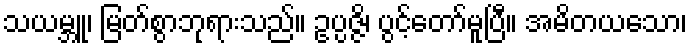
သယမ္ဘူ၊ မြတ်စွာဘုရားသည်။ ဥပ္ပဇ္ဇိ၊ ပွင့်တော်မူပြီ။ အမိတယသော၊